Statistical return of the lunatic asylum in Assam - 1912-1932
Year: 1912
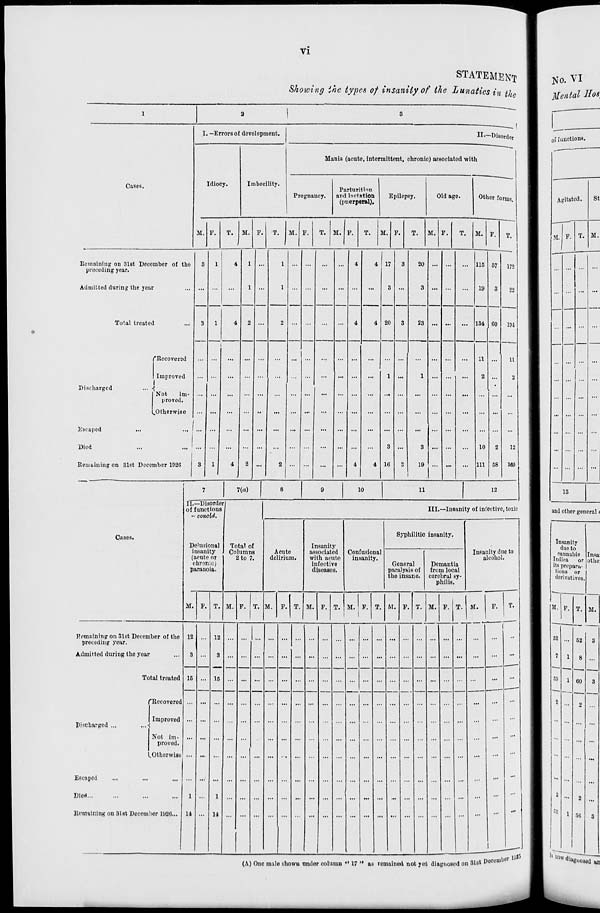
VI
STATEMENT
Showing the types of insanity of the Lunatics in tf le
1
2
|
3
■—,|
-Disorder
I. —Errors of development.
II.-
Mania (acute, intermittent, chronic) associated with
Cases.
Idiocy.
Imbecility.
Pregnancy.
Parturition
and lnctntion
(puerperal).
Epilepsy.
Old age.
Other forms.
M. F.
T. M. F.
T.
M. F.
T. M. F.
T.
M. F.
T.
M. F.
T. M. F.
T.
Remaining on 31st December of the
preceding year.
3
1
4
1 ...
1
...
...
4
4 17
3
20 ... ...
... 115 57
172
Admitted during the year
...
...
1
1
...
...
...
3 ...
3 ... ...
...
19
3
22
Total treated
3
1
4
2 ...
2
4
4 20
3
23 ... ...
... 134 CO
101
("Recovered
...
...
...
... ...
...
...
...
...
... ...
...
11 ...
11
Improved
...
...
...
...
...
1 ...
1 ... ...
...
2 ...
2
Discharged
■1
Not
im-
proved.
... ...
...
...
...
...
...
...
—
...
...
...
...
[.Otherwise
... ...
...
•'
...
... ..-
...
...
...
...
...
... ...
...
Escaped
...
... [ ... ...
...
... ...
...
... ...
...
... ...
...
...
... ...
...
...
Died
...
... ' ...
...
... ...
...
...
...
... ...
...
3 ...
3 ... ...
...
10
2
12
Remaining on 31st December 1026
3
1
4
J
2 ...
2 ... ...
...
...
4
4 16
3
19
i
... ...
... 111 58
169
II.
of
7
7(a)
8
9
10
11
12
—Disorde
functions
conoid.
r (
III.—Insanity of infective , toxic
Cases.
Syphilitic insanity.
De'usional
Total of
Columna
2 to 7.
Acute
delirium.
Insanity
associated
with acute
infective
diseases.
Confusional
insanity.
i
(
<
P
nsanity
icute or
hronie)
ir.'ilhiiii.
General
paralysis of
the insane.
Demantia
from local
corebral sy-
philis.
Insanity due to
alcohol.
M. F. T. M. F. T. M. F. T. M. F. T. M. '
1 1
F. T. M. P . T. M. F. T. M. |
1
F.
T.
Remaining on 3lst December of the
preceding year.
12 ... 12 ... ... ... ... ...
...
. ... ... ... ...
...
...
Admitted during the year
3 ...
3 ... ... ... ... ... ... ...
... ...
... . . ...
... ...
...
...
...
Total treated 15 ... 15 ... ... ...
... ... ... ...
. ... ...
...
...
t
1
'Recovered ... ...
... ... ...
... ... ... ...
...
... . . ... ...
...
...
...
...
1
Pifchargcd ...
...<!
1
Improved
Not im-
proved.
.Otherwise
... ... ... ... ...
... ... ...
... ...
... .
... ...
...
...
...
Escaped
DioH
1
...
1
... ... ... ... ... ... ...
...
... ...
...
...
Remaining on 31at December 1926... 14
14
•••
No. VI
Mental Hot,
of [unctions.
Agitated.
M.
81
M.
13
and other general (
Insanity
duo to
caunabis Insa
Indica
or othe
its prepara-
tions or
derivatives.
M. P. T. M.
52
1
89
2
2
1
1
1
62
8
60
o
2
50
3
3
3
(A) Ono mule showu under column •• 17 " as remained not yet diagnosed on 31st
December W 15
■
s *** diag lloaod an